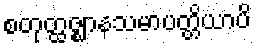
စတုတ္ထဇ္ဈာနသမာပတ္တိယာပိ